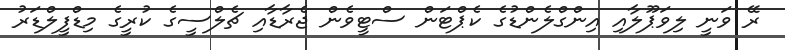
ރޭ ވަނީ ލިވަޕޫލާއި އިންގްލެންޑުގެ ކެޕްޓަން ސްޓީވެން ޖެރާޑާއި ޗެލްސީގެ ކުރީގެ މިޑްފީލްޑަރު